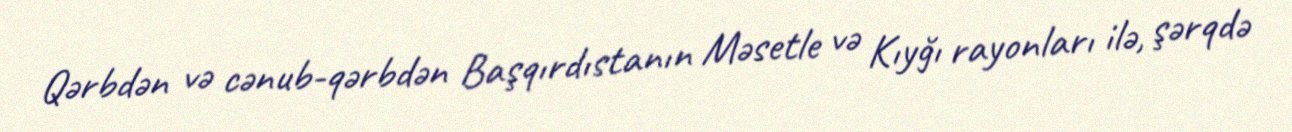
Qərbdən və cənub-qərbdən Başqırdıstanın Məsetle və Kıyğı rayonları ilə, şərqdə